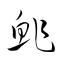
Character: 鮓